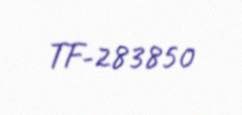
TF-283850